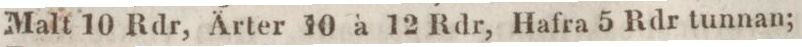
Malt 10 Rdr, Ärter 10 à 12 Rdr, Hafra 5 Rdr tunnan;